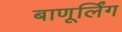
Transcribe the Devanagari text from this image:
बाणूर्लिंग